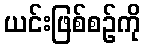
ယင်းဖြစ်စဉ်ကို